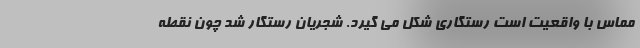
مماس با واقعیت است رستگاری شکل می گیرد. شجریان رستگار شد چون نقطه